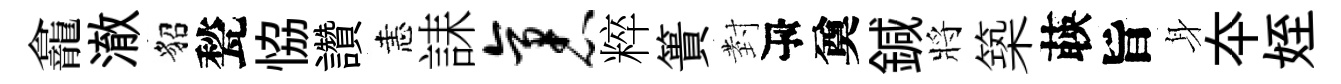
龕澈貂甃恊讚恚誄袤粹簣𭔹瓴奠鍼將築𦴤旨身夲姪